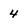
Character: 4